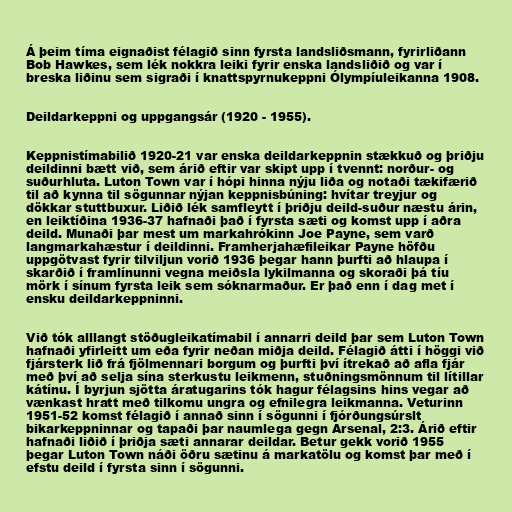
Á þeim tíma eignaðist félagið sinn fyrsta landsliðsmann, fyrirliðann
Bob Hawkes, sem lék nokkra leiki fyrir enska landsliðið og var í
breska liðinu sem sigraði í knattspyrnukeppni Ólympíuleikanna 1908.

Deildarkeppni og uppgangsár (1920 - 1955).

Keppnistímabilið 1920-21 var enska deildarkeppnin stækkuð og þriðju
deildinni bætt við, sem árið eftir var skipt upp í tvennt: norður- og
suðurhluta. Luton Town var í hópi hinna nýju liða og notaði tækifærið
til að kynna til sögunnar nýjan keppnisbúning: hvítar treyjur og
dökkar stuttbuxur. Liðið lék samfleytt í þriðju deild-suður næstu árin,
en leiktíðina 1936-37 hafnaði það í fyrsta sæti og komst upp í aðra
deild. Munaði þar mest um markahrókinn Joe Payne, sem varð
langmarkahæstur í deildinni. Framherjahæfileikar Payne höfðu
uppgötvast fyrir tilviljun vorið 1936 þegar hann þurfti að hlaupa í
skarðið í framlínunni vegna meiðsla lykilmanna og skoraði þá tíu
mörk í sínum fyrsta leik sem sóknarmaður. Er það enn í dag met í
ensku deildarkeppninni.

Við tók alllangt stöðugleikatímabil í annarri deild þar sem Luton Town
hafnaði yfirleitt um eða fyrir neðan miðja deild. Félagið átti í höggi við
fjársterk lið frá fjölmennari borgum og þurfti því ítrekað að afla fjár
með því að selja sína sterkustu leikmenn, stuðningsmönnum til lítillar
kátínu. Í byrjun sjötta áratugarins tók hagur félagsins hins vegar að
vænkast hratt með tilkomu ungra og efnilegra leikmanna. Veturinn
1951-52 komst félagið í annað sinn í sögunni í fjórðungsúrslt
bikarkeppninnar og tapaði þar naumlega gegn Arsenal, 2:3. Árið eftir
hafnaði liðið í þriðja sæti annarar deildar. Betur gekk vorið 1955
þegar Luton Town náði öðru sætinu á markatölu og komst þar með í
efstu deild í fyrsta sinn í sögunni.